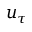
u _ { \tau }